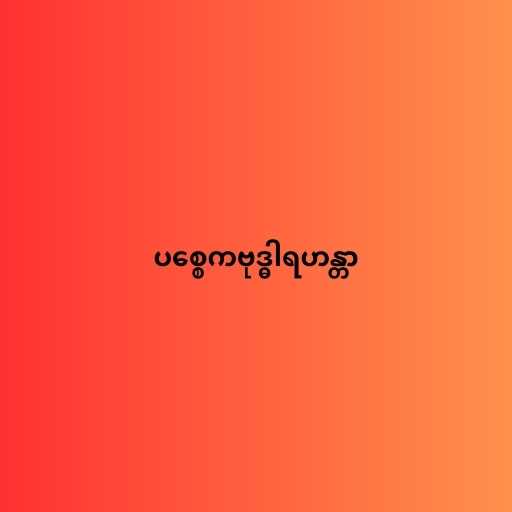
ပစ္စေကဗုဒ္ဓါရဟန္တာ